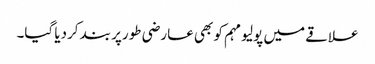
علاقے میں پولیو مہم کو بھی عارضی طورپر بند کردیا گیا۔